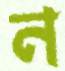
ন